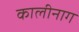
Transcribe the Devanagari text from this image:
कालीनाग